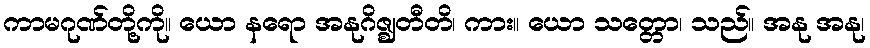
ကာမဂုဏ်တို့ကို။ ယော နရော အနုဂိဇ္ဈတီတိ၊ ကား။ ယော သတ္တော၊ သည်။ အနု အနု၊